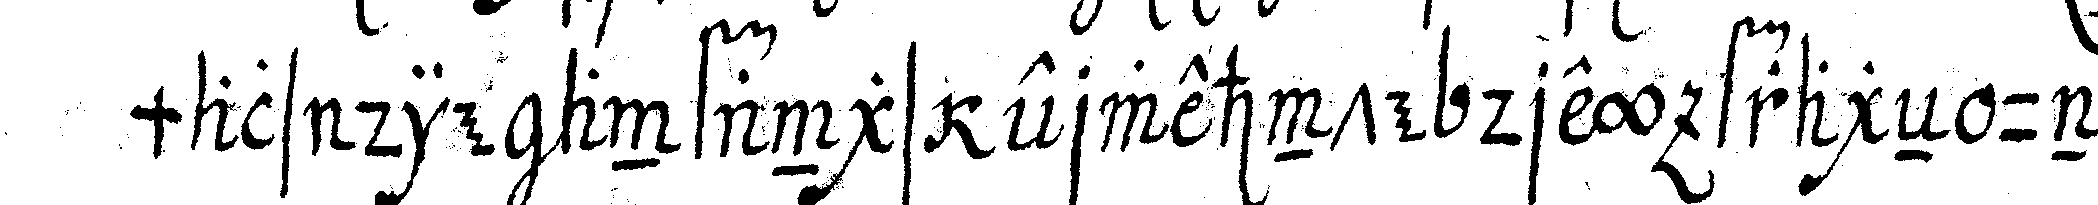
mals die anfangs erwehnte drey frageN und